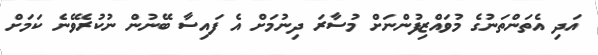
އަދި އެތަންތަނުގެ މުވައްޒިފުންނަށް މުސާރަ ދިނުމަށް އެ ފައިސާ ބޭނުން ނުކުރެވޭނެ ކަމަށް